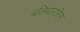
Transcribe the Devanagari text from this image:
बलियारसिंग